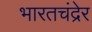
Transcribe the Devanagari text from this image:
भारतचंद्रेर